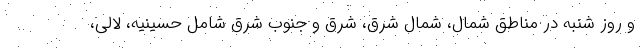
و روز شنبه در مناطق شمال، شمال شرق، شرق و جنوب شرق شامل حسینیه، لالی،